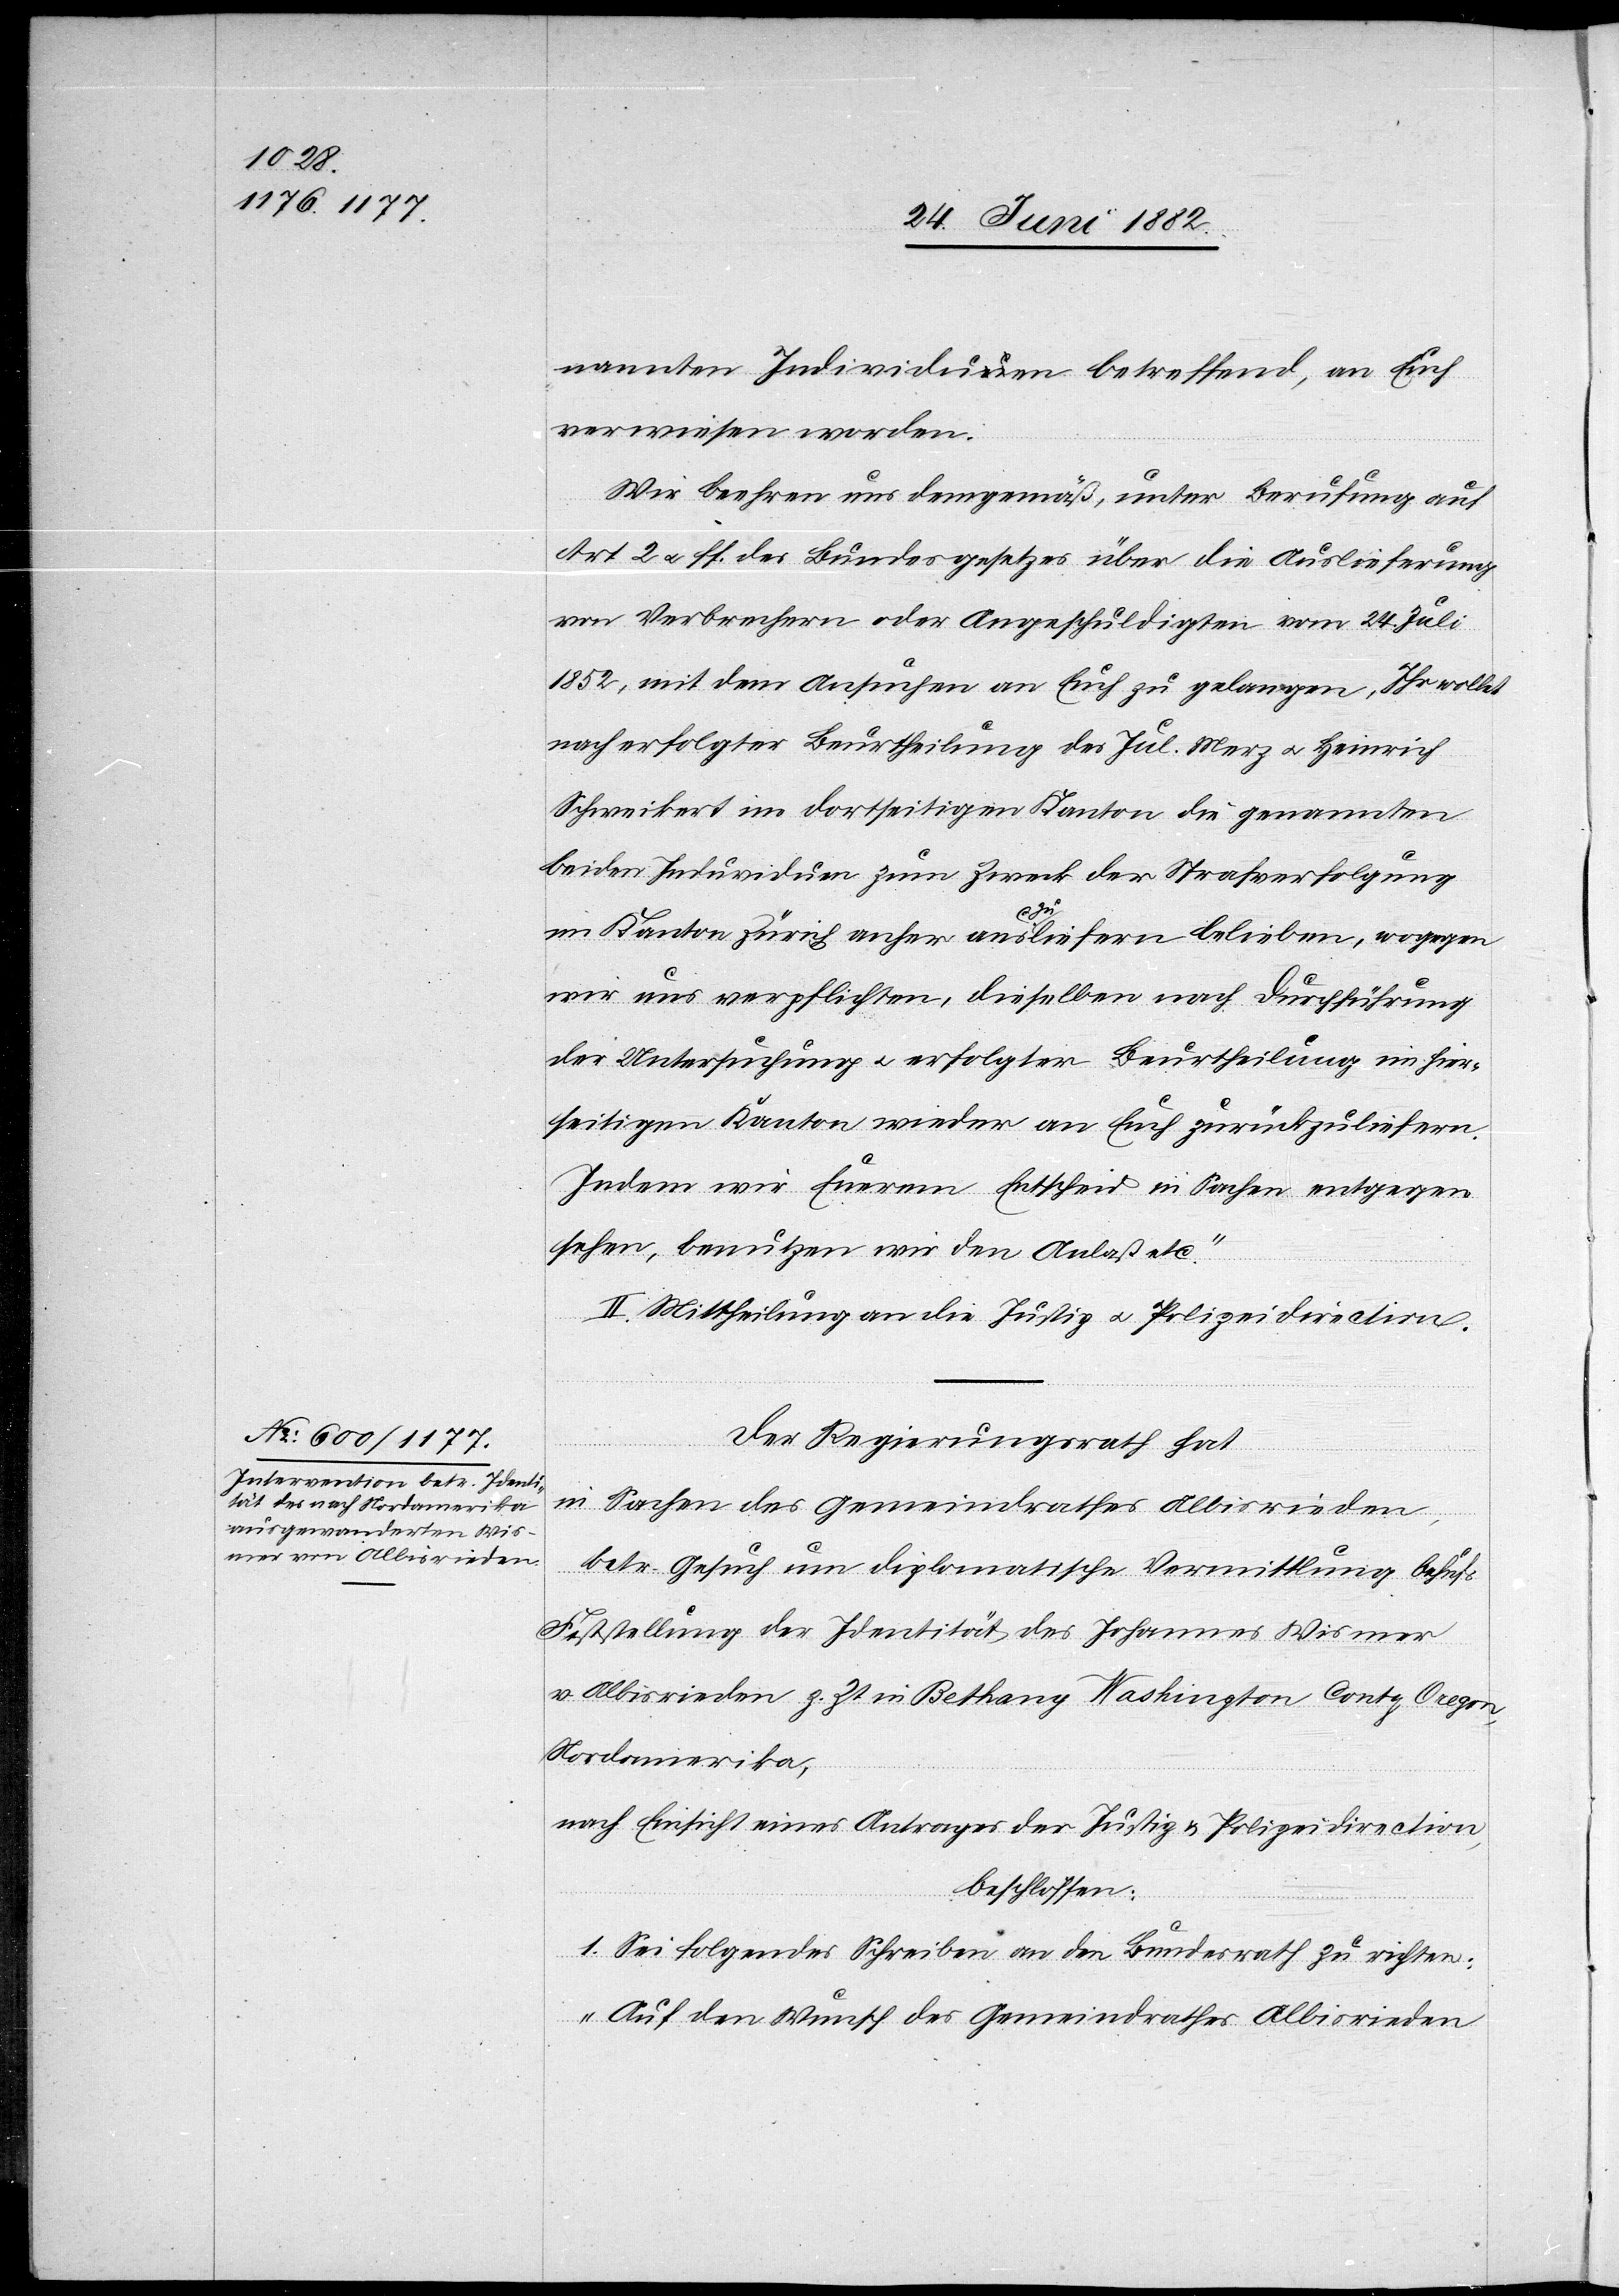
nannten Individuen betreffend, an Euch
verwiesen worden.
Wir beehrend uns demgemäß, unter Berufung auf
Art. 2 u. ff. des Bundesgesetzes über die Auslieferung
von Verbrechern oder Angeschuldigten vom 24. Juli
1852, mit dem Ansuchen an Euch zu gelangen, Ihr wollet
nach erfolgter Beurtheilung des Jul. Merz u. Heinrich
Schweikert im dortseitigen Kanton die genannten
beiden Individuen zum Zweck der Strafverfolgung
im Kanton Zürich anher auszuliefern belieben, wogegen
wir uns verpflichten, dieselben nach Durchführung
der Untersuchung u. erfolgter Beurtheilung im hier¬
seitigen Kantone wieder an Euch zurückzuliefern.
Indem wir Euerem Entscheid in Sachen entgegen¬
sehen, benutzen wir den Anlaß etc.“
II. Mittheilung an die Justiz- u. Polizeidirection.
Der Regierungsrath hat,
in Sachen des Gemeindrathes Albisrieden,
betr. Gesuch um diplomatische Vermittlung behufs
Feststellung der Identität des Johannes Wismer
v. Albisrieden z. Zt. in Bethany [-] Washington Co[u]nty Oregon,
Nordamerika,
nach Einsicht eines Antrages der Justiz- u. Polizeidirection,
beschlossen:
1. Sei folgendes Schreiben an den Bundesrath zu richten:
„Auf den Wunsch des Gemeindrathes Albisrieden